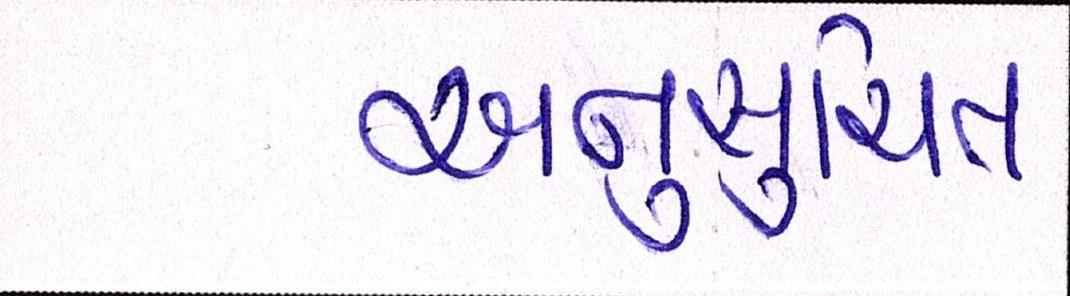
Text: અનુસુચિત